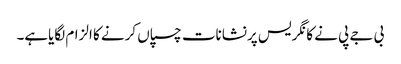
بی جے پی نے کانگریس پرنشانات چسپاں کرنے کا الزام لگایاہے۔